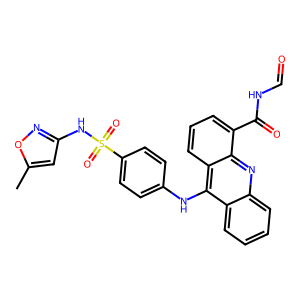
SMILES: Cc1cc(NS(=O)(=O)c2ccc(Nc3c4ccccc4nc4c(C(=O)NC=O)cccc34)cc2)no1
Inhibits HIV replication: No